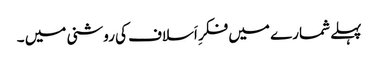
پہلے شمارے میں فکرِ اَسلاف کی روشنی میں ۔